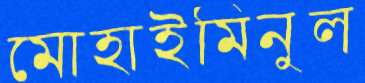
মোহাইমিনুল